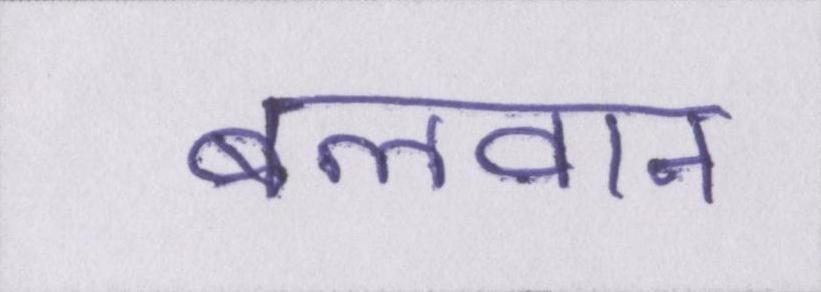
बलवान